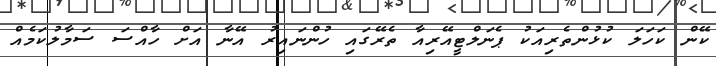
ކޭން ކަހަލަ ކުޅުންތެރިއަކު ޕެނަލްޓީއޭރިއާ ތެރޭގައި ހުންނައިރު އޭނާ އަށް ހާއްސަ ސަމާލުކަމެއް